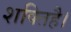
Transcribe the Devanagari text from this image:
शक्तिहै।